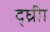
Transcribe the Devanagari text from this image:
द्घ्रीा